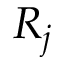
R _ { j }